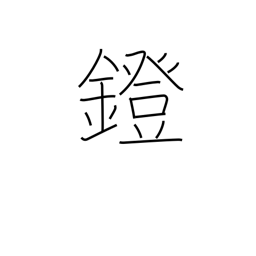
Meaning: stirrup